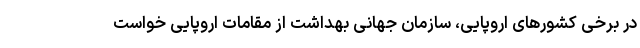
در برخی کشورهای اروپایی، سازمان جهانی بهداشت از مقامات اروپایی خواست